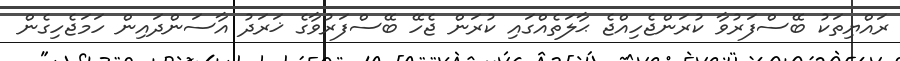
ރައްޔިތަކު ބޭސްފަރުވާ ކުރަންޖެހިއްޖެ ޙާލަތެއްގައި ކުރަން ޖެހޭ ބޭސްފަރުވާގެ ޚަރަދު އާސަންދައިން ހަމަޖެހިގެން